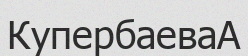
КупербаеваА